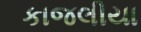
કાજલીયા